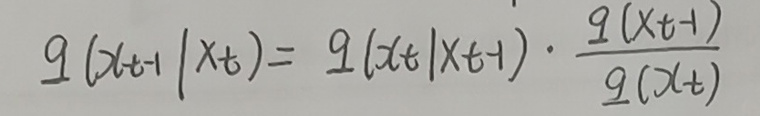
\[
q(x_{t - 1} | x_t) = q(x_t | x_{t - 1}) \cdot \frac{q(x_{t - 1})}{q(x_t)}
\]